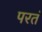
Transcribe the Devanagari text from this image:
परतं